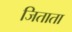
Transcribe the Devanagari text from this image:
जिताता